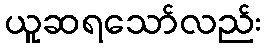
ယူဆရသော်လည်း